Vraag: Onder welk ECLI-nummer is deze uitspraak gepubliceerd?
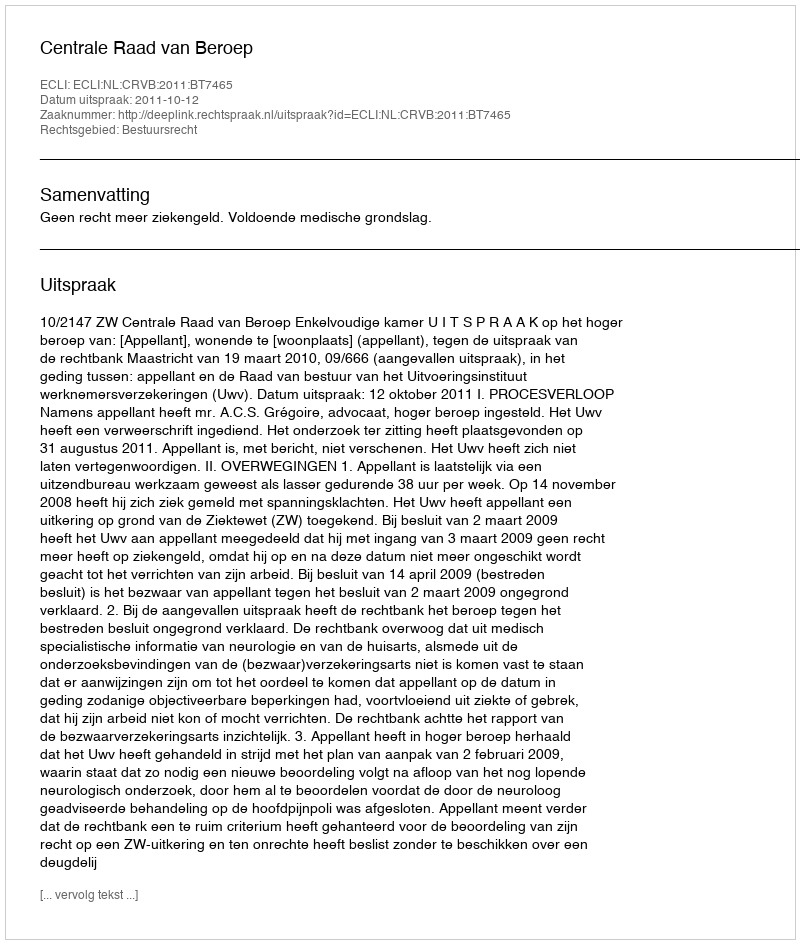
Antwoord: ECLI:NL:CRVB:2011:BT7465